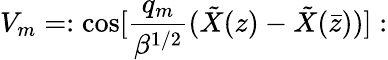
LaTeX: V_{m}=:\mathrm{cos}[{\frac{q_{m}}{\beta^{1/2}}}({\tilde{X}}(z)-{\tilde{X}}({\bar{z}}))]: